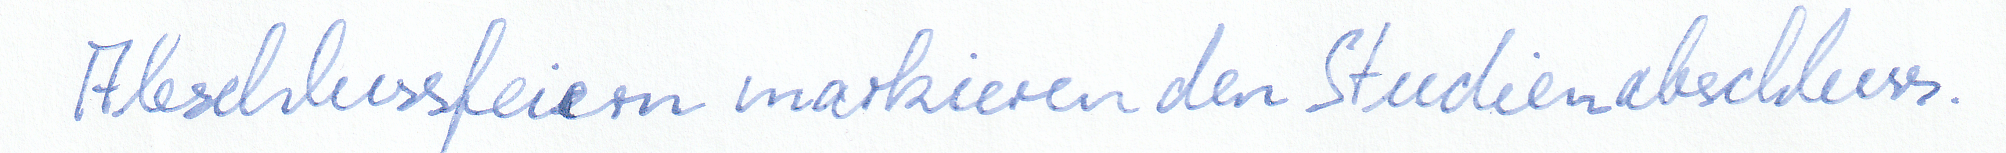
Abschlussfeiern markieren den Studienabschluss.